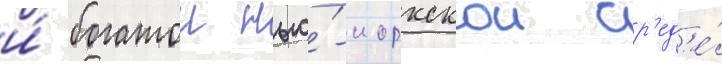
и́ богатои нью́-иоркскои ср'ед'е́